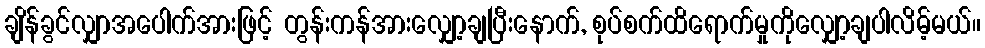
ချိန်ခွင်လျှာအပေါက်အားဖြင့် တွန်းကန်အားလျှော့ချပြီးနောက်, စုပ်စက်ထိရောက်မှုကိုလျှော့ချပါလိမ့်မယ်။